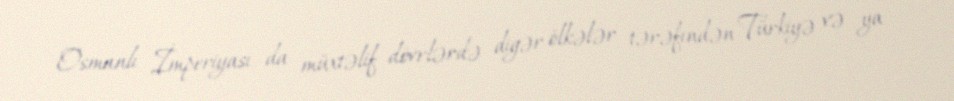
Osmanlı İmperiyası da müxtəlif dövrlərdə digər ölkələr tərəfindən Türkiyə və ya